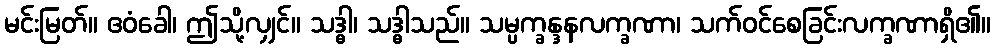
မင်းမြတ်။ ဧဝံခေါ၊ ဤသို့လျှင်။ သဒ္ဓါ၊ သဒ္ဓါသည်။ သမ္ပက္ခန္ဒနလက္ခဏာ၊ သက်ဝင်စေခြင်းလက္ခဏာရှိ၏။